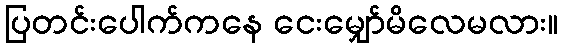
ပြတင်းပေါက်ကနေ ငေးမျှော်မိလေမလား။